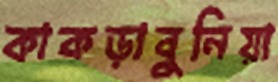
কাকড়াবুনিয়া